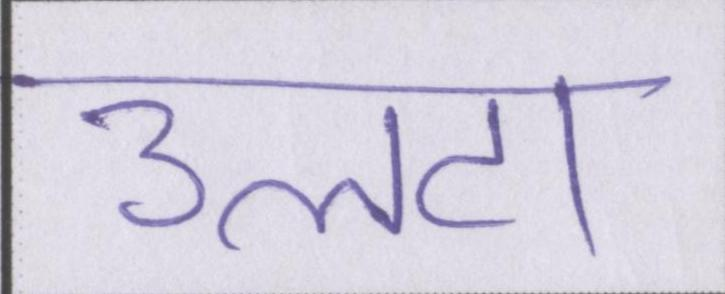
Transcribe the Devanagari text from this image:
उलटा